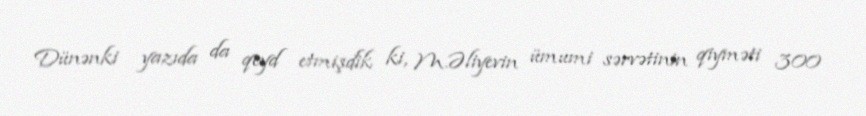
Dünənki yazıda da qeyd etmişdik ki, M.Əliyevin ümumi sərvətinin qiyməti 300